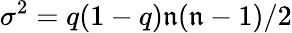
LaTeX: \sigma^{2}=q(1-q)\mathfrak{n}(\mathfrak{n}-1)/2